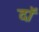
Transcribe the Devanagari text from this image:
दॉ